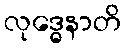
လုဒ္ဓေနာတိ